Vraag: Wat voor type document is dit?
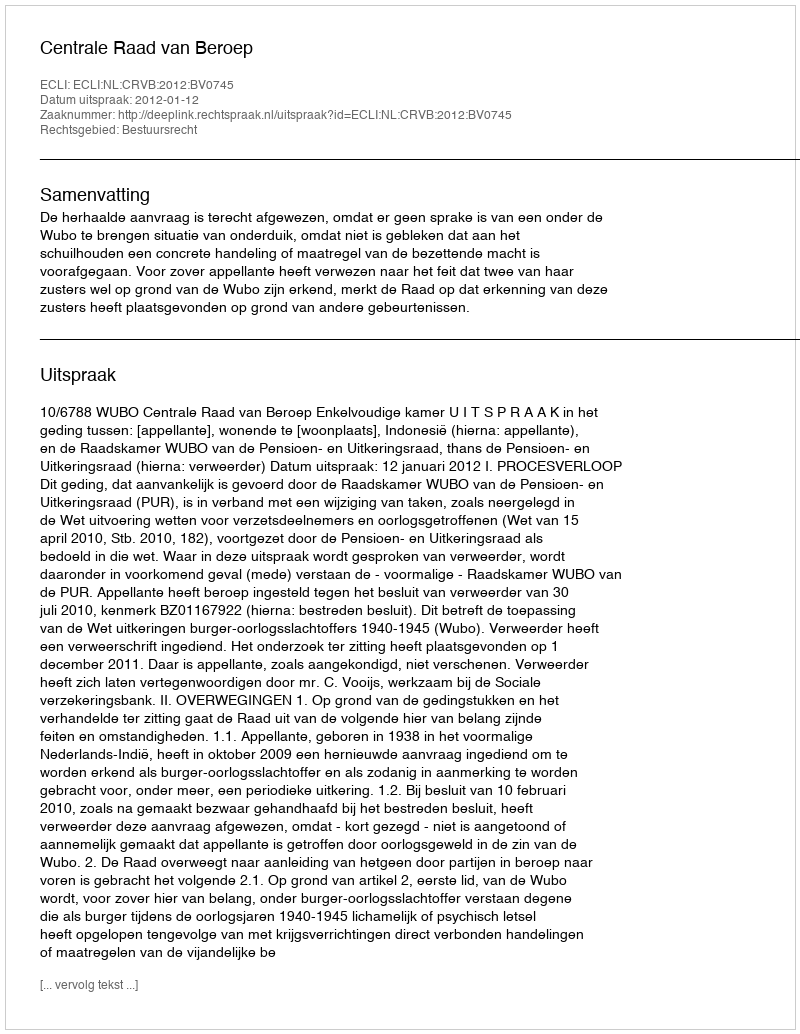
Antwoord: Uitspraak